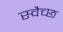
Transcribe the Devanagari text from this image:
स्वैच्छ